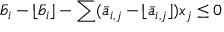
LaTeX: { \bar { b } } _ { i } - \lfloor { \bar { b } } _ { i } \rfloor - \sum ( { \bar { a } } _ { i , j } - \lfloor { \bar { a } } _ { i , j } \rfloor ) x _ { j } \leq 0